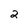
Character: 2